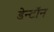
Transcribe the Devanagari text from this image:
डेन्टॉन